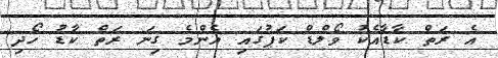
އެ ރަތް ކާޑާއެކު ވޯލްޑް ކަޕުގައި އެންމެ ގިނަ ރަތް ކާޑު ހޯދި